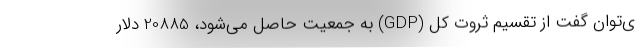
ی­توان گفت از تقسیم ثروت کل (GDP) به جمعیت حاصل می­شود، 20885 دلار